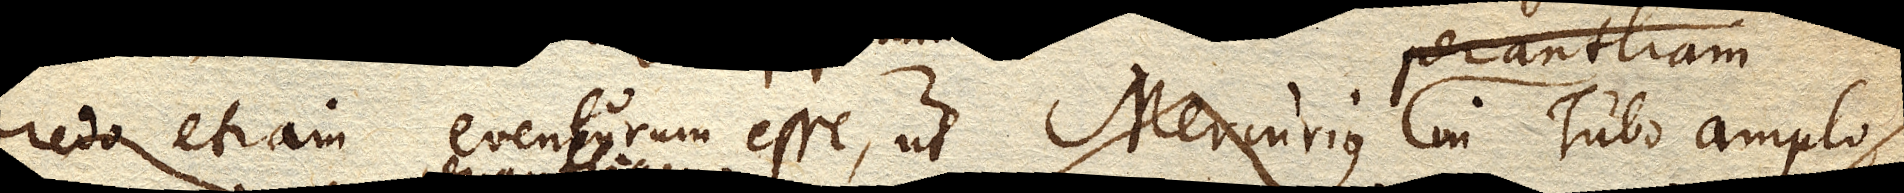
Credo etiam eventurum esse, ut Mercurius in Tubo amplo,